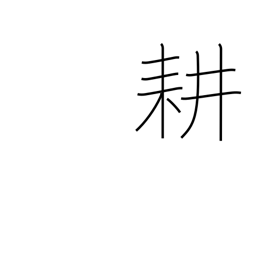
Meaning: till